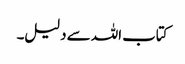
کتاب اللہ سے دلیل۔